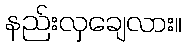
နည်းလှချေလား။